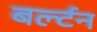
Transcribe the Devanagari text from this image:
बर्ल्टन